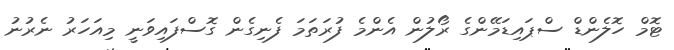
ޓޮމް ހޮލެންޑް ސްޕައިޑަމޭންގެ ރޯލުން އެންމެ ފުރަތަމަ ފެނިގެން ގޮސްފައިވަނީ މިއަހަރު ނެރުނު